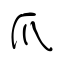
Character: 爪